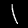
Digit: 1